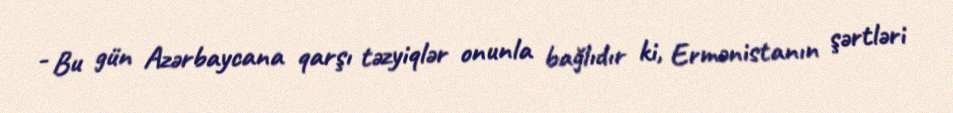
- Bu gün Azərbaycana qarşı təzyiqlər onunla bağlıdır ki, Ermənistanın şərtləri